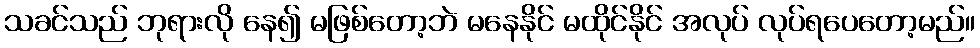
သခင်သည် ဘုရားလို နေ၍ မဖြစ်တော့ဘဲ မနေနိုင် မထိုင်နိုင် အလုပ် လုပ်ရပေတော့မည်။